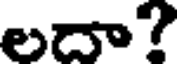
లదా?